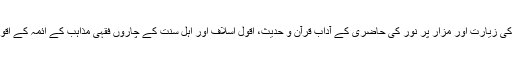
روضۂ رسول صلی اللہ علیہ وآلہ وسلم کی زیارت اور مزارِ پُر نور کی حاضری کے آداب قرآن و حدیث، اَقولِ اَسلاف اور اَہلِ سنت کے چاروں فقہی مذاہب کے اَئمہ کے اقوال کی روشنی میں بیان کیے گئے ہیں۔